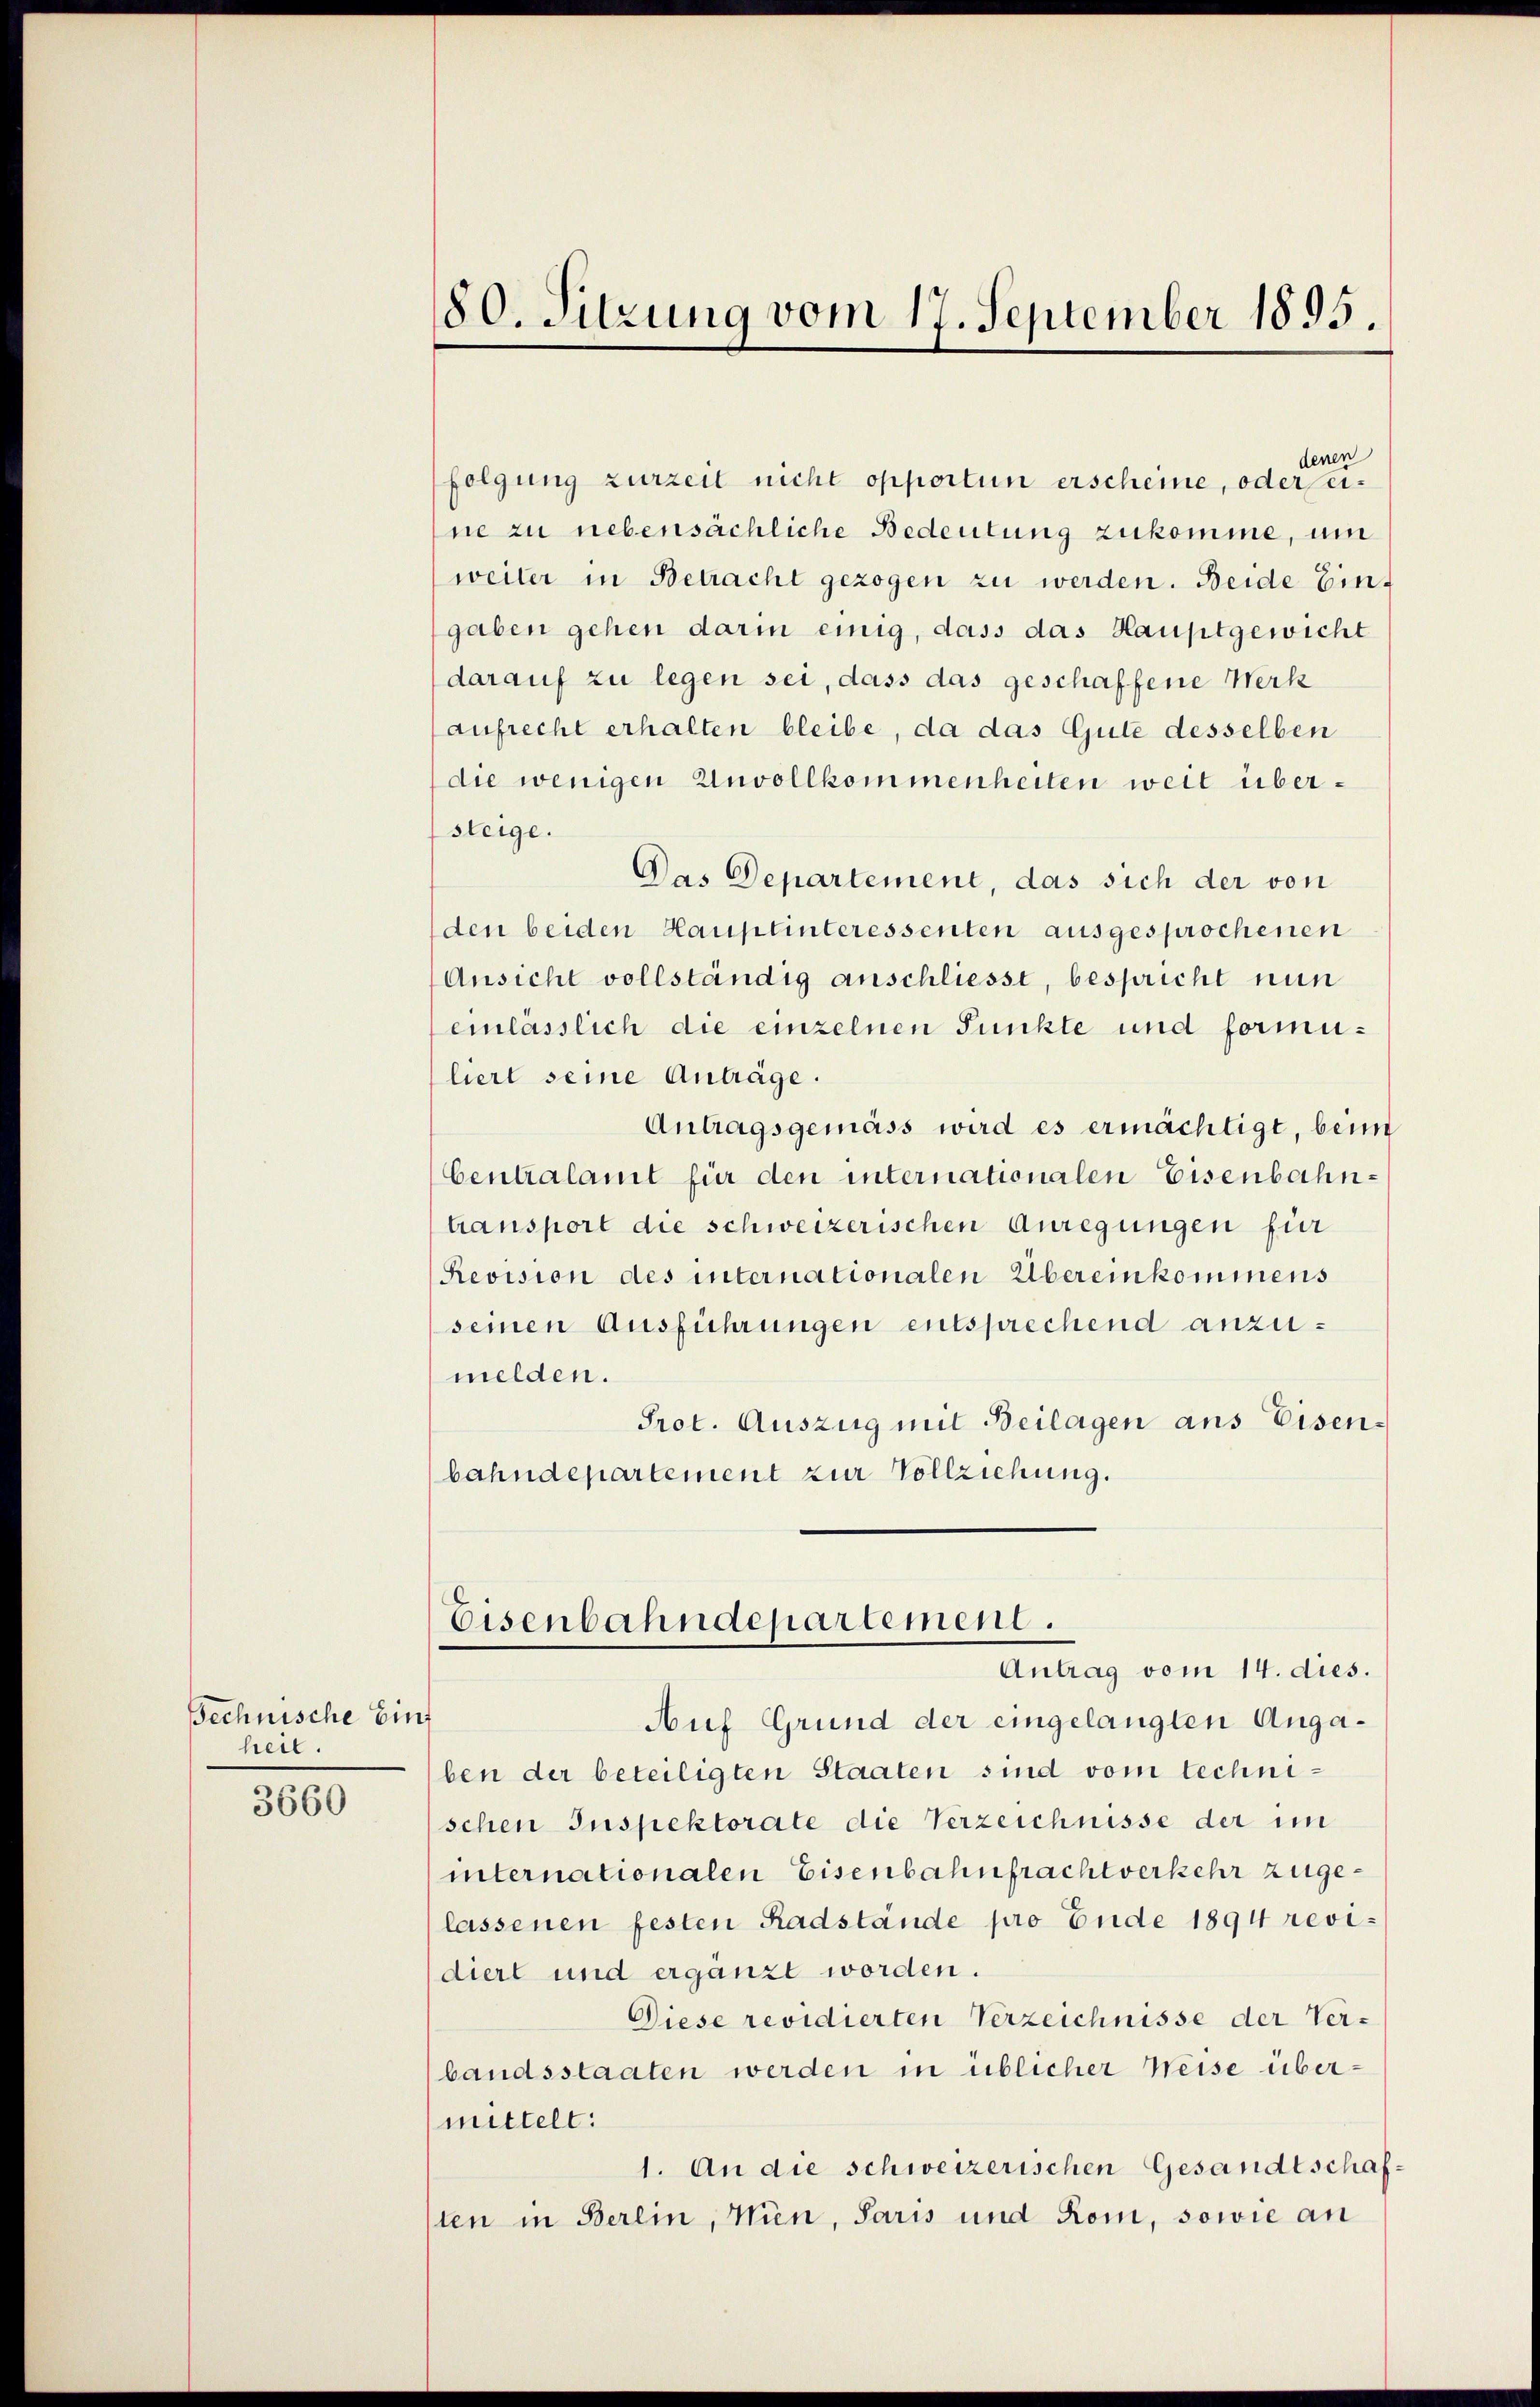
Technische Einz
heil.

3660

180. Sitzung vom 17. September 1895.

denen
folgung zurzeit nicht opportun erscheine, oder seine zu nebensächliche Bedeutung zukomme, um
weiter in Betracht gezogen zu werden. Beide Eingaben gehen darin einig, dass das Hauptgewicht
darauf zu legen sei, dass das geschaffene Werk
aufrecht erhalten bleibe, da das Gute desselben
(die wenigen Unvollkommenheiten weit übersteige.
Das Departement, das sich der von
den beiden Hauptinteressenten ausgesprochenen
Ansicht vollständig anschliesse, bespricht nun
einlasslich die einzelnen Punkte und formuliert seine Anträge.
Antragsgemäss wird es ermächtigt, beim
Centralamt für den internationalen Eisenbahntransport die schweizerischen Anregungen für
Revision des internationalen Übereinkommens
seinen Ausführungen entsprechend anzumelden.
Prot. Auszug mit Beilagen aus Eisen.
bahndepartement zur Vollziehung.
Eisenbahndepartement.
Antrag vom 14. dies.
Auf Grund der eingelangten Angaben der beteiligten Staaten sind vom technischen Inspektorate die Verzeichnisse der im
internationalen Eisenbahnfrachtverkehr zugelassenen festen Radstände pro Ende 1894 revidiert und ergänzt worden.
Diese revidierten Verzeichnisse der Verbandsstaaten werden in üblicher Weise übermittelt:
1. An die schweizerischen Gesandtschafsten in Berlin, Wien, Paris und Rom, sowie an